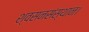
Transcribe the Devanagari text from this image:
श्वसनसंस्थान।